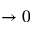
\to 0